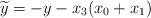
LaTeX: \begin{align*}\widetilde{y}=-y-x_3(x_0+x_1)\end{align*}